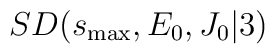
SD(s_\mathrm{max},E_0,J_0\vert 3)